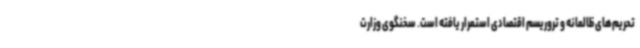
تحریم‌های ظالمانه و تروریسم اقتصادی استمرار یافته است. سخنگوی وزارت